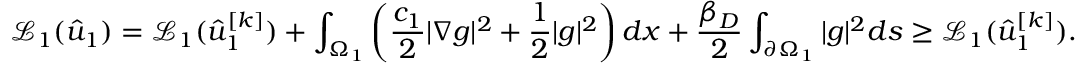
\mathcal { L } _ { 1 } ( \hat { u } _ { 1 } ) = \mathcal { L } _ { 1 } ( \hat { u } _ { 1 } ^ { [ k ] } ) + \int _ { \Omega _ { 1 } } \left( \frac { c _ { 1 } } { 2 } | \nabla g | ^ { 2 } + \frac 1 2 | g | ^ { 2 } \right) d x + \frac { \beta _ { D } } { 2 } \int _ { \partial \Omega _ { 1 } } | g | ^ { 2 } d s \geq \mathcal { L } _ { 1 } ( \hat { u } _ { 1 } ^ { [ k ] } ) .